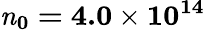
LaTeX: \mathbf{\mathit{n}_{0}=4.0\times 10^{14}}